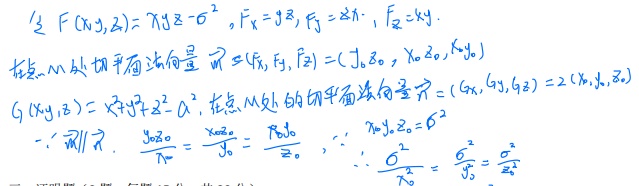
设\(F(x,y,z)=xyz - b^{2}\)，\(F_{x}=yz\)，\(F_{y}=xz\)，\(F_{z}=xy\)。在点\(M\)处切平面法向量\(\vec{n}=(F_{x},F_{y},F_{z})=(y_{0}z_{0},x_{0}z_{0},x_{0}y_{0})\)。

\(G(x,y,z)=x^{2}+y^{2}+z^{2}-a^{2}\)，在点\(M\)处的切平面法向量\(\vec{\tau}=(G_{x},G_{y},G_{z}) = 2(x_{0},y_{0},z_{0})\)。

\(\because\vec{n}\parallel\vec{\tau}\)，\(\frac{y_{0}z_{0}}{x_{0}}=\frac{x_{0}z_{0}}{y_{0}}=\frac{x_{0}y_{0}}{z_{0}}\)，\(\therefore\frac{x_{0}^{2}}{y_{0}z_{0}}=\frac{y_{0}^{2}}{x_{0}z_{0}}=\frac{z_{0}^{2}}{x_{0}y_{0}}\)